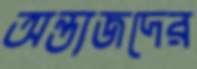
অন্ত্যজদের